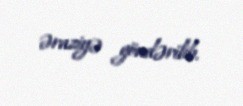
əraziyə göndərilib.